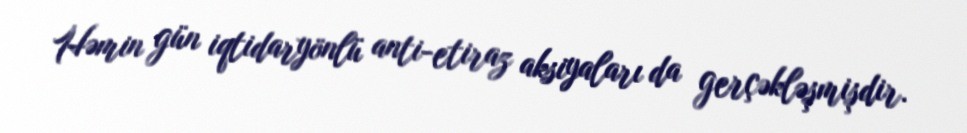
Həmin gün iqtidaryönlü anti-etiraz aksiyaları da gerçəkləşmişdir.